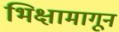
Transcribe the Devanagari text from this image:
भिक्षामागून